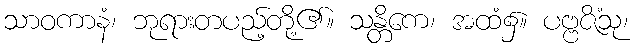
သာဝကာနံ၊ ဘုရားတပည့်တို့၏။ သန္တိကေ၊ အထံ၌။ ပဗ္ဗဇိံသု၊